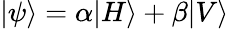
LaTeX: |\psi\rangle=\alpha|H\rangle+\beta|V\rangle